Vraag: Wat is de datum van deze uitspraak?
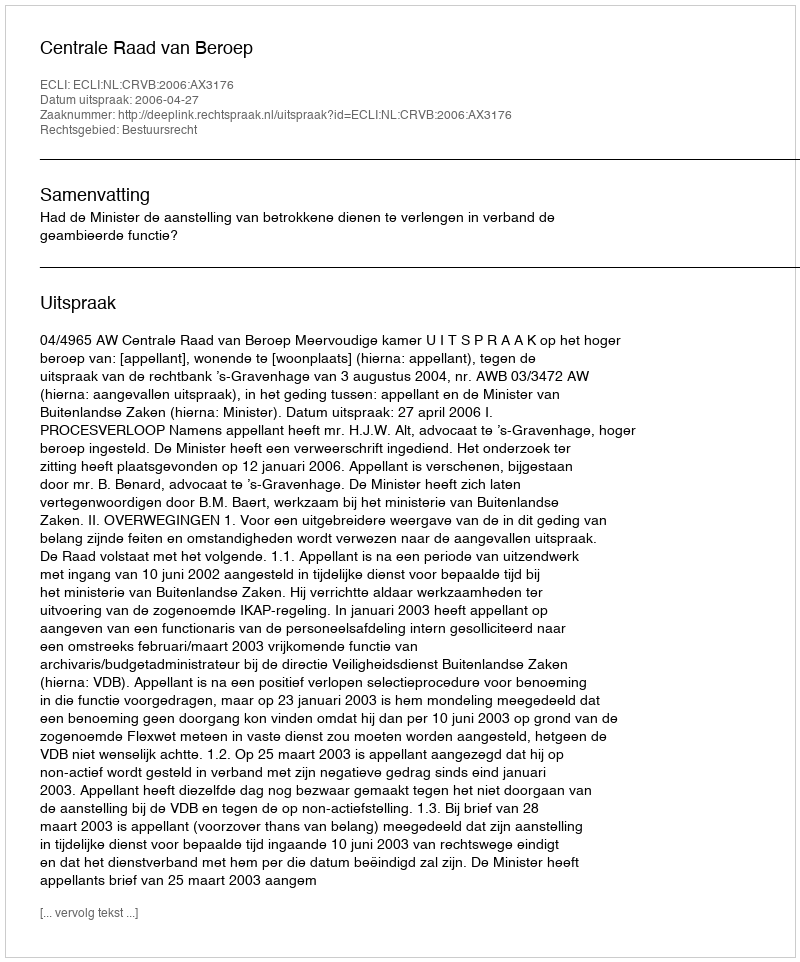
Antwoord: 2006-04-27